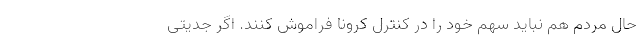
حال مردم هم نباید سهم خود را در کنترل کرونا فراموش کنند. اگر جدیتی